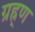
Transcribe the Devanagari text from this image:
ग्रह्र्ण